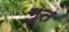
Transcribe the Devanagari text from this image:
गूत